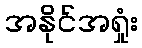
အနိုင်အရှုံး